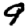
Digit: 9